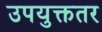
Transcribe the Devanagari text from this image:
उपयुक्ततर